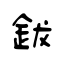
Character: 鈸